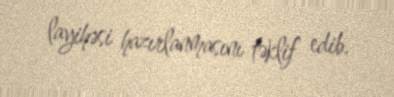
layihəsi hazırlanmasını təklif edib.